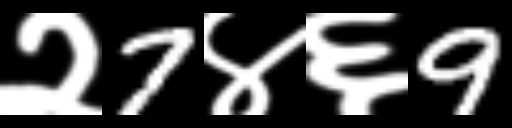
Text: २7४६9